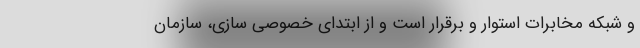
و شبکه مخابرات استوار و برقرار است و از ابتدای خصوصی سازی، سازمان